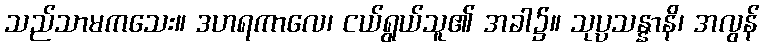
သည်သာမကသေး။ ဒဟရကာလေ၊ ငယ်ရွယ်သူ၏ အခါ၌။ သုပ္ပသန္နာနိ၊ အလွန်